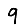
Digit: 9